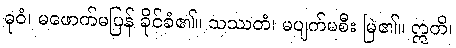
ဓုဝံ၊ မဖောက်မပြန် ခိုင်ခံ၏။ သဿတံ၊ မပျက်မစီး မြဲ၏။ ဣတိ၊